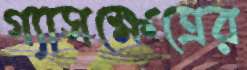
গ্যাসক্ষেত্রের